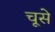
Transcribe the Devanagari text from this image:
चूसे